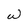
Character: w